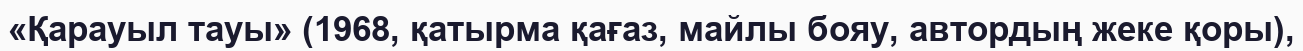
«Қарауыл тауы» (1968, қатырма қағаз, майлы бояу, автордың жеке қоры),